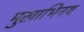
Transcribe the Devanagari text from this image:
मुखाभिनय